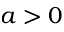
a > 0